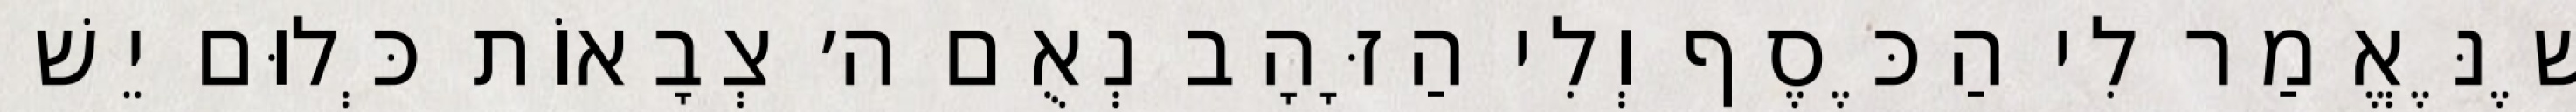
שֶׁנֶּאֱמַר לִי הַכֶּסֶף וְלִי הַזָּהָב נְאֻם ה׳ צְבָאוֹת כְּלוּם יֵשׁ